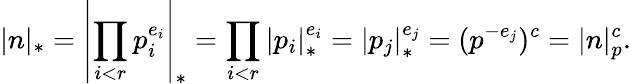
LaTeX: |n|_{*}=\left|\prod_{i<r}p_{i}^{e_{i}}\right|_{*}=\prod_{i<r}\left|p_{i}\right|_{*}^{e_{i}}=\left|p_{j}\right|_{*}^{e_{j}}=(p^{-e_{j}})^{c}=|n|_{p}^{c}.